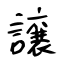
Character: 譲